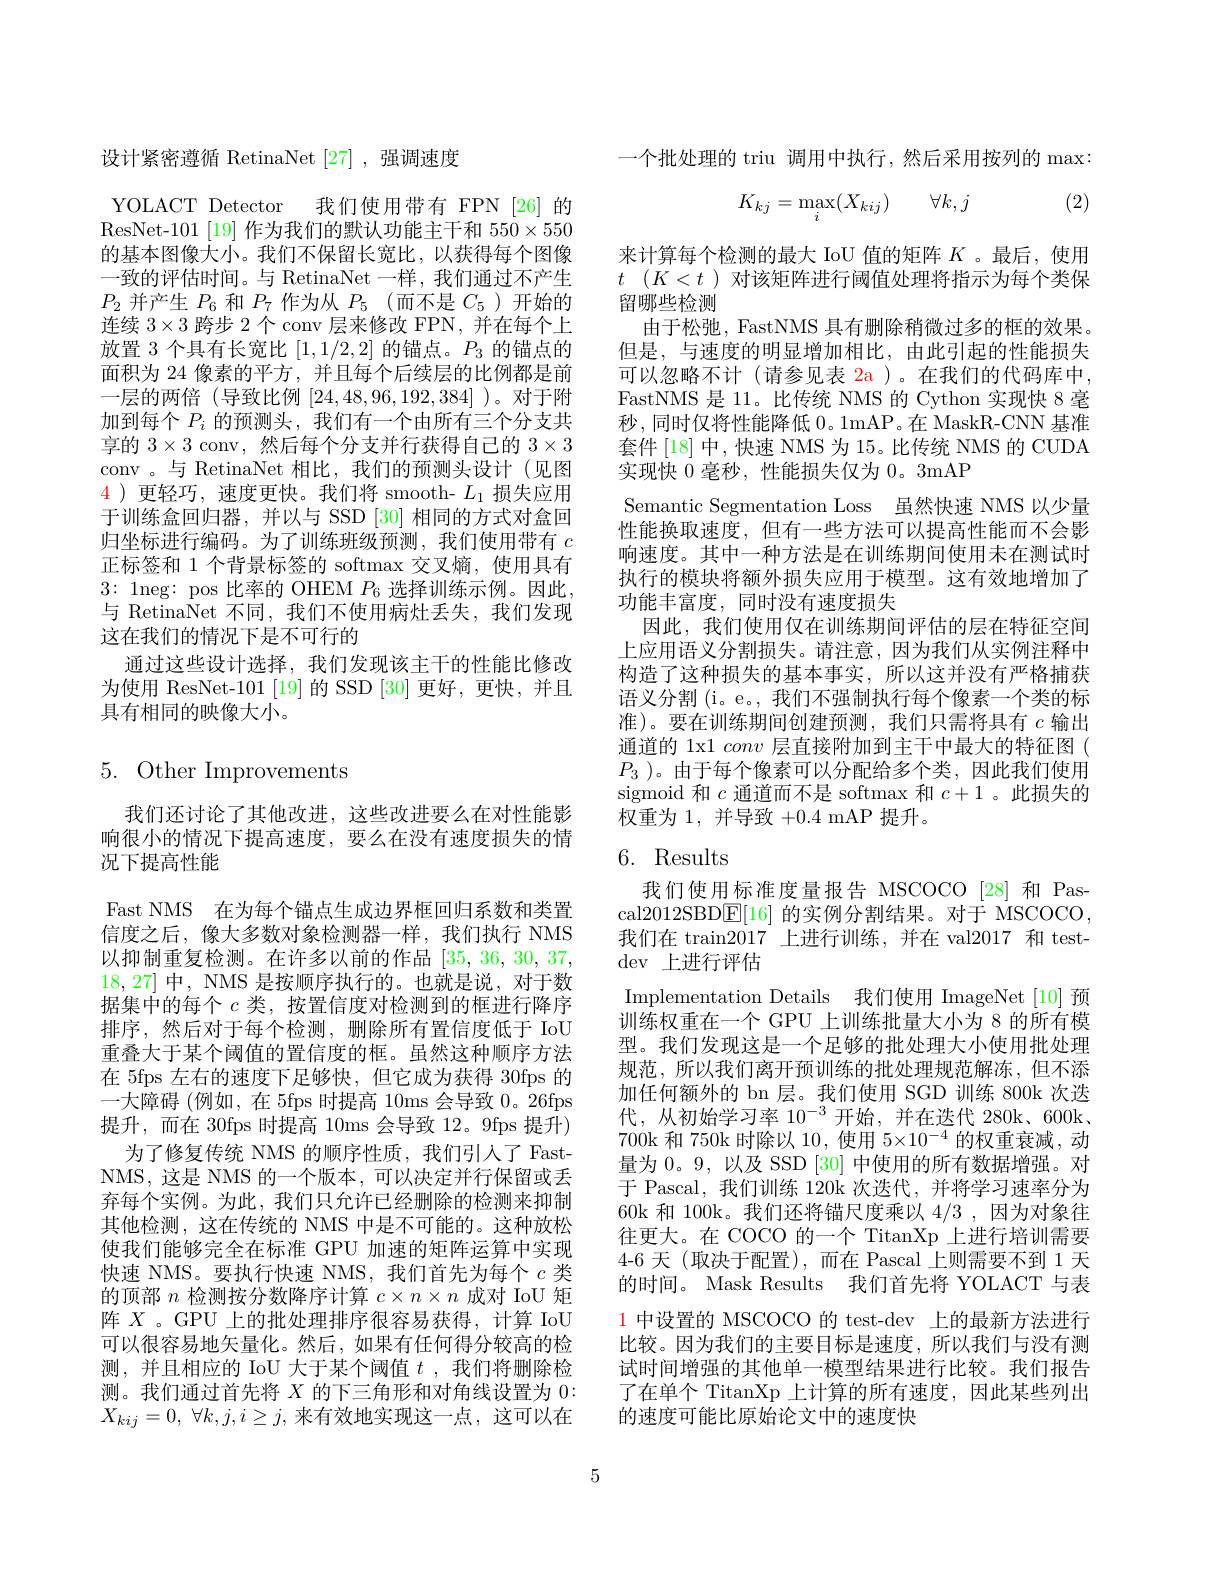
设计紧密遵循 RetinaNet [27] ,强调速度

YOLACT Detector 我们使用带有 FPN [26]的ResNet-101$^{[19]}$作为我们的默认功能主干和$550\times550$ 的基本图像大小。我们不保留长宽比，以获得每个图像一致的评估时间。与 RetinaNet 一样，我们通过不产生$P_{2}$并产生$P_6$和$P_7$作为从$P_5$ (而不是$C_5$ )开始的连续$3\times3$跨步 2 个 conv 层来修改 FPN, 并在每个上放置 3 个具有长宽比[1,1/2,2]的锚点。$P_3$的锚点的面积为 24 像素的平方，并且每个后续层的比例都是前一层的两倍(导致比例[24,48,96,192,384] )。对于附加到每个$P_i$的预测头，我们有一个由所有三个分支共享的$3\times3$ conv,然后每个分支并行获得自己的$3\times3$ conv 。与 RetinaNet 相比，我们的预测头设计(见图4 )更轻巧，速度更快。我们将 smooth- $L_1$损失应用于训练盒回归器，并以与 SSD [30] 相同的方式对盒回归坐标进行编码。为了训练班级预测，我们使用带有$c$ 正标签和 1 个背景标签的 softmax 交叉熵，使用具有3:1neg: pos 比率的 OHEM $P_{6}$ 选择训练示例。因此， 与 RetinaNet 不同，我们不使用病灶丢失，我们发现这在我们的情况下是不可行的
通过这些设计选择，我们发现该主干的性能比修改为使用 ResNet-101 [19] 的 SSD [30] 更好，更快，并且具有相同的映像大小。

# $5.{\mathrm{~Other~Improvements}}$

我们还讨论了其他改进，这些改进要么在对性能影响很小的情况下提高速度，要么在没有速度损失的情况下提高性能
Fast NMS 在为每个锚点生成边界框回归系数和类置信度之后，像大多数对象检测器一样，我们执行 NMS 以抑制重复检测。在许多以前的作品[35,36,30,37, 18,27]中，NMS 是按顺序执行的。也就是说，对于数据集中的每个$c$类，按置信度对检测到的框进行降序排序，然后对于每个检测，删除所有置信度低于 IoU 重叠大于某个阈值的置信度的框。虽然这种顺序方法在 5fps 左右的速度下足够快，但它成为获得 30fps 的一大障碍 (例如，在 5fps 时提高 10ms 会导致 0。26fps 提升，而在 30fps 时提高 10ms 会导致 12。9fps 提升)
为了修复传统 NMS 的顺序性质，我们引入了 FastNMS,这是 NMS 的一个版本，可以决定并行保留或丢弃每个实例。为此，我们只允许已经删除的检测来抑制其他检测，这在传统的 NMS 中是不可能的。这种放松使我们能够完全在标准 GPU 加速的矩阵运算中实现快速 NMS。要执行快速 NMS, 我们首先为每个$c$类的顶部$n$检测按分数降序计算$c\times n\times n$成对 IoU 矩阵$X$ 。GPU 上的批处理排序很容易获得，计算 IoU 可以很容易地矢量化。然后，如果有任何得分较高的检测，并且相应的 IoU 大于某个阈值$t$ ,我们将删除检测。我们通过首先将$X$的下三角形和对角线设置为 0: $X_{kij}= 0$, $\forall k, j, i\geq j$,来有效地实现这一点，这可以在

一个批处理的 triu 调用中执行，然后采用按列的 max:

(2)
$$K_{kj}=\max_{i}(X_{kij})\quad\forall k,j$$
来计算每个检测的最大 IoU 值的矩阵$K$ 。最后，使用$t$ $( K< t$ )对该矩阵进行阈值处理将指示为每个类保留哪些检测
由于松弛，FastNMS 具有删除稍微过多的框的效果。但是，与速度的明显增加相比，由此引起的性能损失可以忽略不计(请参见表 2a)。在我们的代码库中， FastNMS 是 11。比传统 NMS 的 Cython 实现快 8 毫秒，同时仅将性能降低 0。1mAP。在 MaskR-CNN 基准套件 [18] 中，快速 NMS 为 15。比传统 NMS 的 CUDA 实现快 0 毫秒，性能损失仅为 0。3mAP
Semantic Segmentation Loss 虽然快速 NMS 以少量性能换取速度，但有一些方法可以提高性能而不会影响速度。其中一种方法是在训练期间使用未在测试时执行的模块将额外损失应用于模型。这有效地增加了功能丰富度，同时没有速度损失
因此，我们使用仅在训练期间评估的层在特征空间上应用语义分割损失。请注意，因为我们从实例注释中构造了这种损失的基本事实，所以这并没有严格捕获语义分割 (i。e。, 我们不强制执行每个像素一个类的标准)。要在训练期间创建预测，我们只需将具有$c$输出通道的 1x1 conv层直接附加到主干中最大的特征图( $P_3$ )。由于每个像素可以分配给多个类，因此我们使用sigmoid 和$c$通道而不是 softmax 和$c+1$ 。此损失的权重为 1, 并导致+0.4 mAP 提升。

## 6. Results

我们使用标准度量报告 MSCOCO [28] 和 Pascal2012SBD$\boxed{\mathrm{E}}[16]$的实例分割结果。对于 MSCOCO 我们在 train2017 上进行训练，并在 val2017 和 testdev 上进行评估
Implementation Details 我们使用 ImageNet [10] 预训练权重在一个 GPU 上训练批量大小为 8 的所有模型。我们发现这是一个足够的批处理大小使用批处理规范，所以我们离开预训练的批处理规范解冻，但不添加任何额外的 bn 层。我们使用 SGD 训练 800k 次迭代，从初始学习率$10^{-3}$开始，并在迭代 280k、600k、 700k 和 750k 时除以 10,使用$5\times10^-4$的权重衰减，动量为0。9, 以及 SSD [30] 中使用的所有数据增强。对于 Pascal, 我们训练 120k 次迭代，并将学习速率分为60k 和 100k。我们还将锚尺度乘以 4/3 ,因为对象往往更大。在 COCO 的一个 TitanXp 上进行培训需要4-6 天 (取决于配置),而在 Pascal 上则需要不到 1 天的时间。Mask Results 我们首先将 YOLACT 与表1 中设置的 MSCOCO 的 test-dev 上的最新方法进行比较。因为我们的主要目标是速度，所以我们与没有测试时间增强的其他单一模型结果进行比较。我们报告了在单个 TitanXp 上计算的所有速度，因此某些列出的速度可能比原始论文中的速度快

5